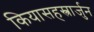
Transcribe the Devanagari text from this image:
कियासहस्त्रार्जुन